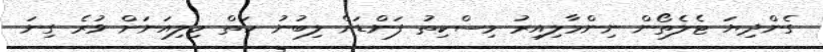
ގެންދިޔަ ޓެލެތޯން ނިންމާލިއިރު މިސްކިތު ފަންޑަށް ލިބުނު ހަތް މިލިއަނަށް ވުރެ ގިނަ